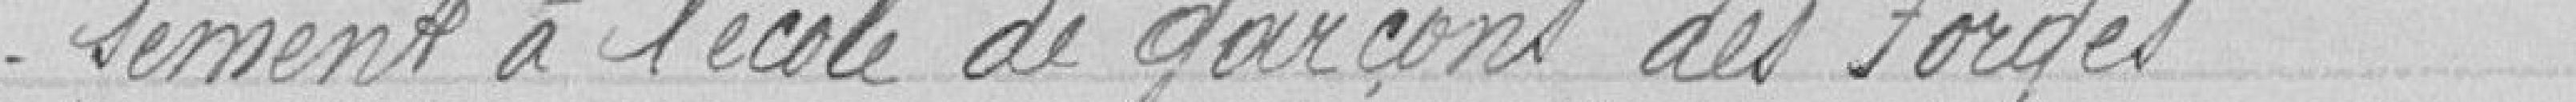
- sement à l'école de garçons des Forges